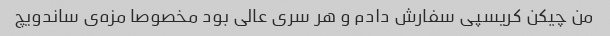
من چیکن کریسپی سفارش دادم و هر سری عالی بود مخصوصا مزه‌ی ساندویچ